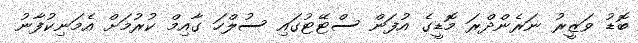
ބޮޑު ވަޒީރު ނަރެންދްރަ މޮޑީގެ އުފަން ސްޓޭޓުގައި ސުލްހަ ގާއިމް ކުރުމަށް އެމަނިކުފާނު